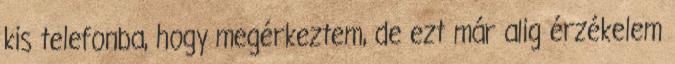
kis telefonba, hogy megérkeztem, de ezt már alig érzékelem